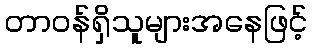
တာဝန်ရှိသူများအနေဖြင့်